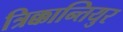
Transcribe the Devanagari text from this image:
त्रिक्कान्तियुर